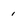
Character: 1